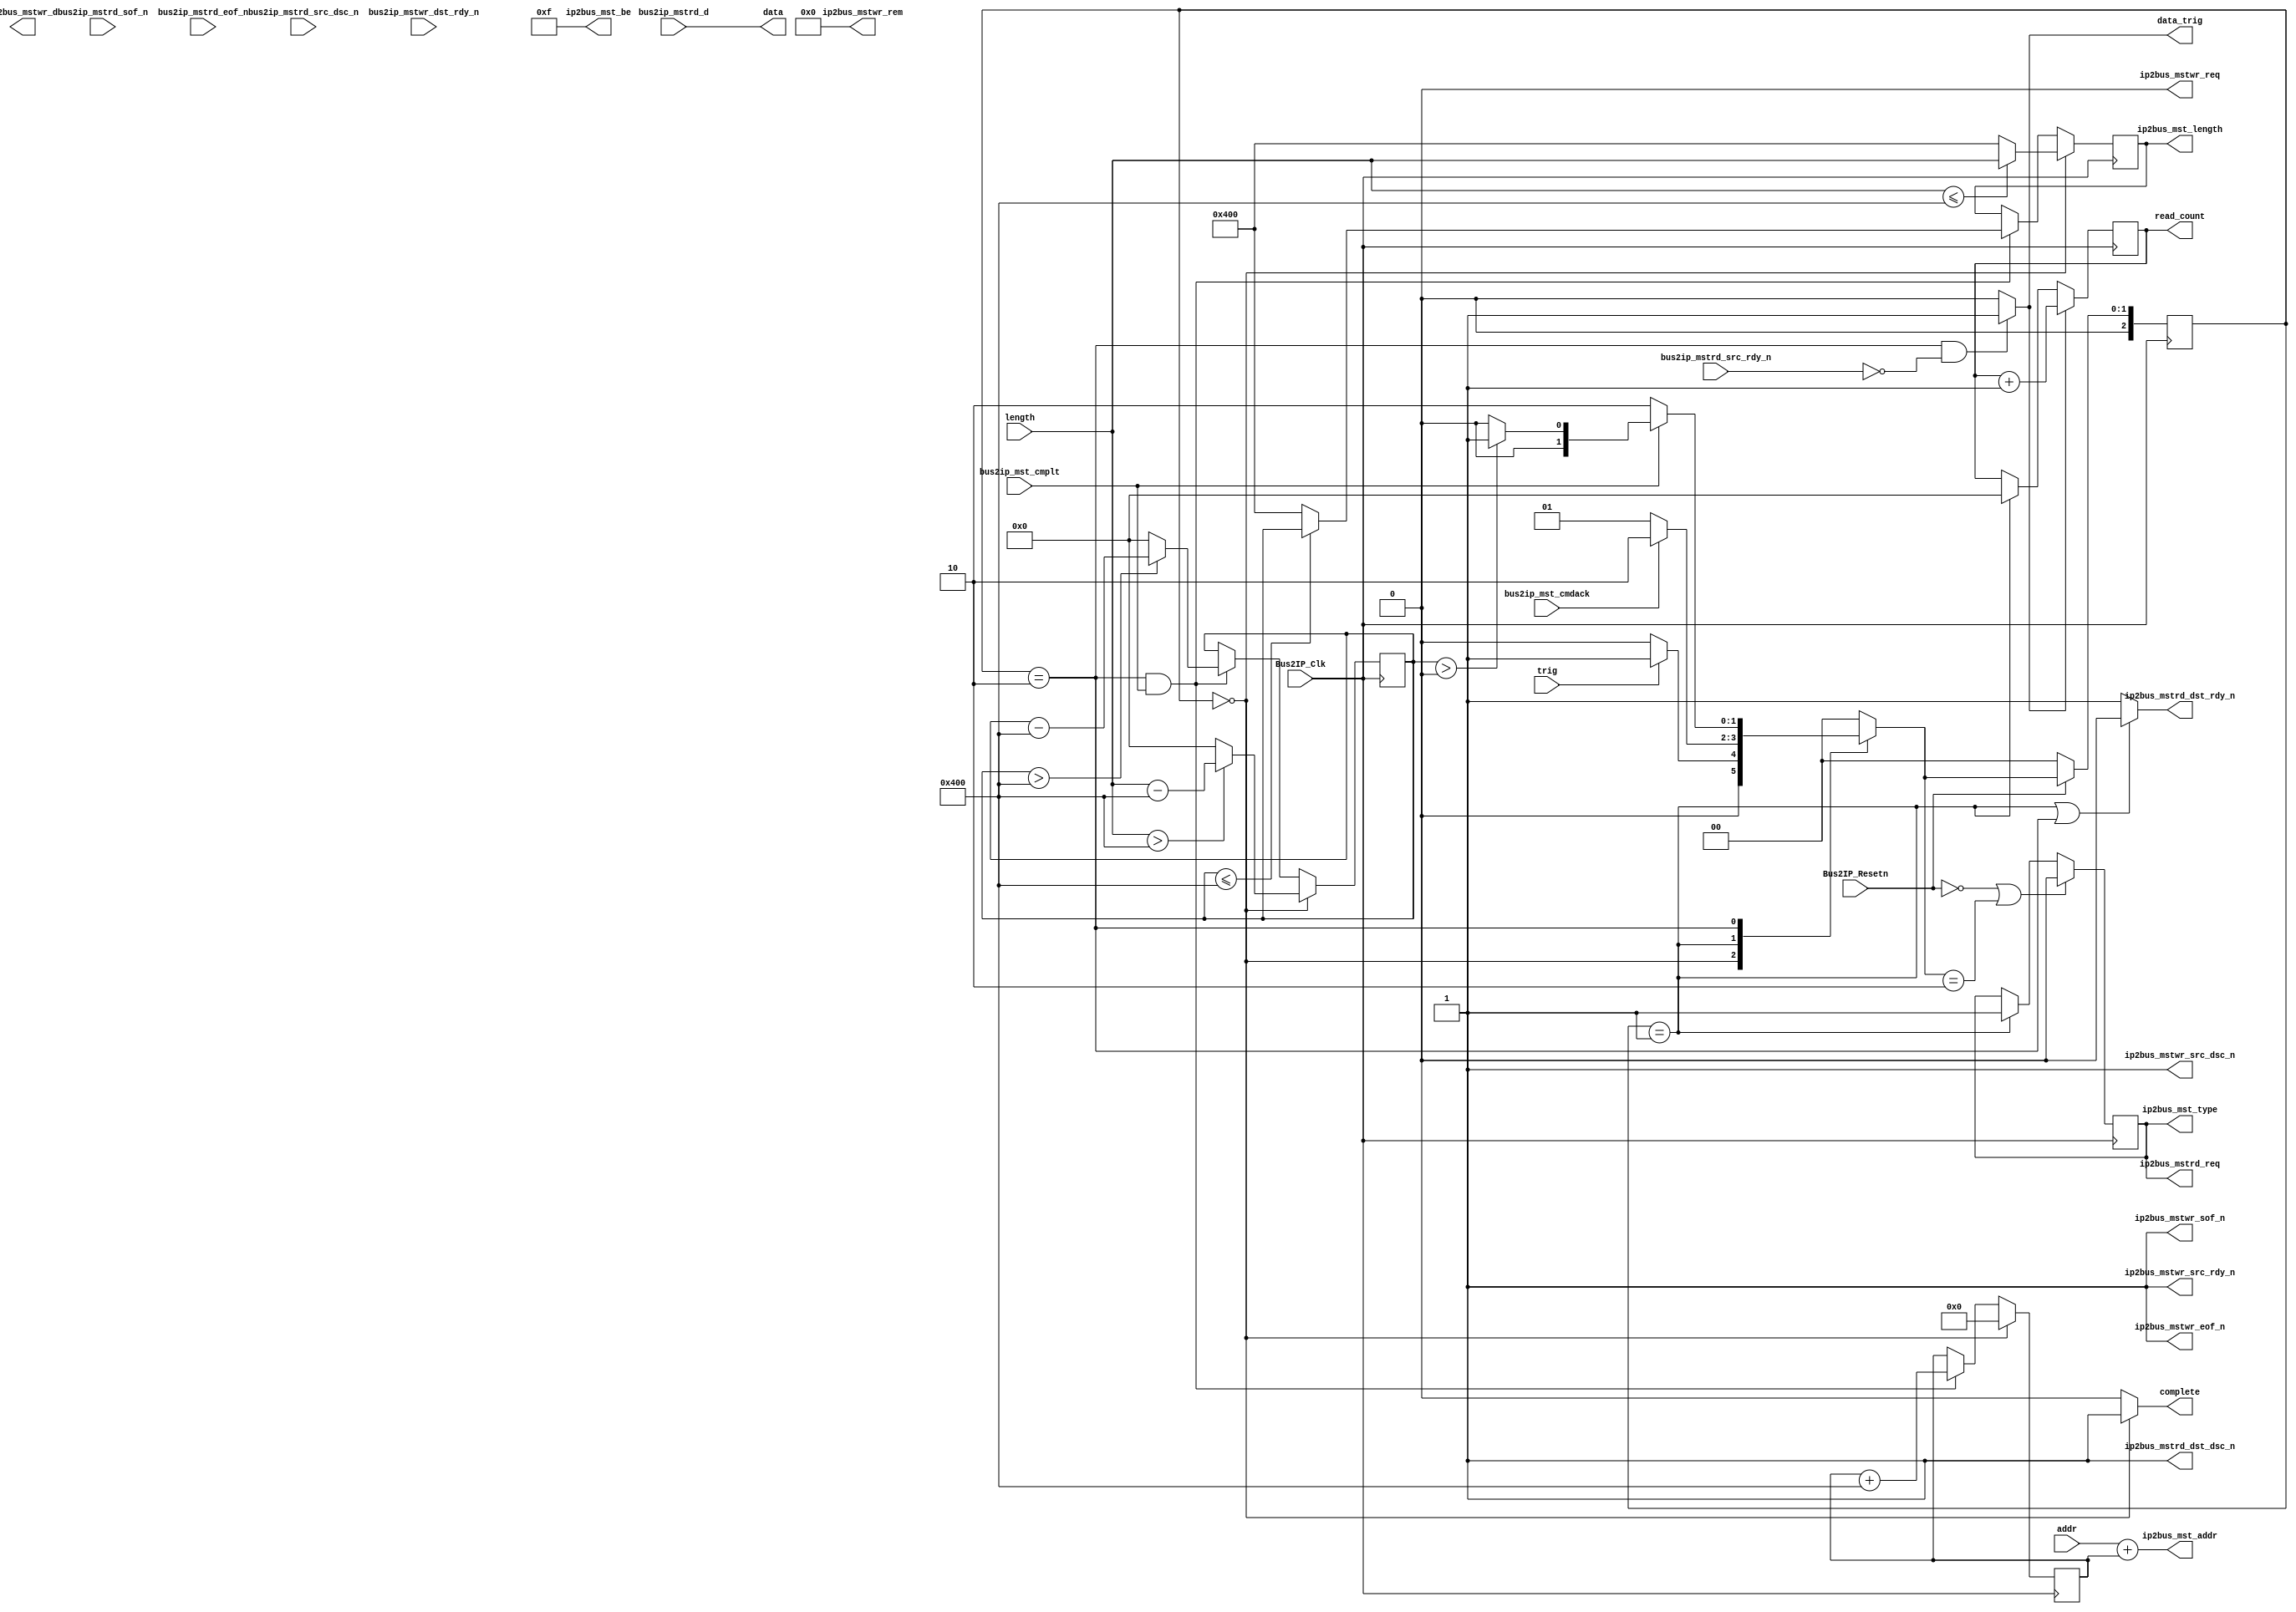
module get_mem
(
  // -- ADD USER PORTS BELOW THIS LINE ---------------
  // --USER ports added here 
  addr,
  length,
  trig,
  complete,
  data,
  data_trig,
  read_count,
  // -- ADD USER PORTS ABOVE THIS LINE ---------------

  // -- DO NOT EDIT BELOW THIS LINE ------------------
  // -- Bus protocol ports, do not add to or delete 
  Bus2IP_Clk,                     // Bus to IP clock
  Bus2IP_Resetn,                  // Bus to IP reset
  ip2bus_mstrd_req,               // IP to Bus master read request
  ip2bus_mstwr_req,               // IP to Bus master write request
  ip2bus_mst_addr,                // IP to Bus master read/write address
  ip2bus_mst_be,                  // IP to Bus byte enable
  ip2bus_mst_length,              // Ip to Bus master transfer length
  ip2bus_mst_type,                // Ip to Bus burst assertion control
  bus2ip_mst_cmdack,              // Bus to Ip master command ack
  bus2ip_mst_cmplt,               // Bus to Ip master trans complete
  bus2ip_mstrd_d,                 // Bus to Ip master read data
  bus2ip_mstrd_sof_n,             // Bus to Ip master read start of frame
  bus2ip_mstrd_eof_n,             // Bus to Ip master read end of frame
  bus2ip_mstrd_src_rdy_n,         // Bus to Ip master read source ready
  bus2ip_mstrd_src_dsc_n,         // Bus to Ip master read source dsc
  ip2bus_mstrd_dst_rdy_n,         // Ip to Bus master read dest. ready
  ip2bus_mstrd_dst_dsc_n,         // Ip to Bus master read dest. dsc
  ip2bus_mstwr_d,                 // Ip to Bus master write data
  ip2bus_mstwr_rem,               // Ip to Bus master write data rem
  ip2bus_mstwr_src_rdy_n,         // Ip to Bus master write source ready
  ip2bus_mstwr_src_dsc_n,         // Ip to Bus master write source dsc
  ip2bus_mstwr_sof_n,             // Ip to Bus master write start of frame
  ip2bus_mstwr_eof_n,             // Ip to Bus master write end of frame
  bus2ip_mstwr_dst_rdy_n         // Bus to Ip master write dest. ready
  // -- DO NOT EDIT ABOVE THIS LINE ------------------
); // user_logic

// -- ADD USER PARAMETERS BELOW THIS LINE ------------
// --USER parameters added here 
parameter [2 : 0]
          IDLE                           = 3'd0,
          WAIT_READ                      = 3'd1,
          READ                           = 3'd2;

parameter BURST_BYTE                     = 1024;
// -- ADD USER PARAMETERS ABOVE THIS LINE ------------

// -- DO NOT EDIT BELOW THIS LINE --------------------
// -- Bus protocol parameters, do not add to or delete
parameter C_MST_NATIVE_DATA_WIDTH        = 32;
parameter C_LENGTH_WIDTH                 = 12;
parameter C_MST_AWIDTH                   = 32;
parameter C_SLV_DWIDTH                   = 32;
// -- DO NOT EDIT ABOVE THIS LINE --------------------

// -- ADD USER PORTS BELOW THIS LINE -----------------
// --USER ports added here 
input      [C_MST_AWIDTH-1 : 0]           addr;
input      [C_LENGTH_WIDTH-1:0]           length;
input                                     trig;
output                                    complete;
output     [C_MST_NATIVE_DATA_WIDTH-1 : 0]data;
output                                    data_trig;
output reg [C_LENGTH_WIDTH-1 : 0]         read_count;
// -- ADD USER PORTS ABOVE THIS LINE -----------------

// -- DO NOT EDIT BELOW THIS LINE --------------------
// -- Bus protocol ports, do not add to or delete
input                                     Bus2IP_Clk;
input                                     Bus2IP_Resetn;
output                                    ip2bus_mstrd_req;
output                                    ip2bus_mstwr_req;
output     [C_MST_AWIDTH-1 : 0]           ip2bus_mst_addr;
output     [(C_MST_NATIVE_DATA_WIDTH/8)-1 : 0] ip2bus_mst_be;
output     [C_LENGTH_WIDTH-1 : 0]         ip2bus_mst_length;
output                                    ip2bus_mst_type;
input                                     bus2ip_mst_cmdack;
input                                     bus2ip_mst_cmplt;
input      [C_MST_NATIVE_DATA_WIDTH-1 : 0] bus2ip_mstrd_d;
input                                     bus2ip_mstrd_sof_n;
input                                     bus2ip_mstrd_eof_n;
input                                     bus2ip_mstrd_src_rdy_n;
input                                     bus2ip_mstrd_src_dsc_n;
output                                    ip2bus_mstrd_dst_rdy_n;
output                                    ip2bus_mstrd_dst_dsc_n;
output     [C_MST_NATIVE_DATA_WIDTH-1 : 0] ip2bus_mstwr_d;
output     [(C_MST_NATIVE_DATA_WIDTH)/8-1 : 0] ip2bus_mstwr_rem;
output                                    ip2bus_mstwr_src_rdy_n;
output                                    ip2bus_mstwr_src_dsc_n;
output                                    ip2bus_mstwr_sof_n;
output                                    ip2bus_mstwr_eof_n;
input                                     bus2ip_mstwr_dst_rdy_n;
// -- DO NOT EDIT ABOVE THIS LINE --------------------

//----------------------------------------------------------------------------
// Implementation
//----------------------------------------------------------------------------

  // --USER nets declarations added here, as needed for user logic
  reg        [2 : 0]                        state, next_state;
  reg        [C_LENGTH_WIDTH-1:0]           remaining_len;
  reg        [C_MST_AWIDTH-1 : 0]           addr_offset;
  
  wire                                       Bus2IP_Clk;
  wire                                       Bus2IP_Resetn;
  wire                                       ip2bus_mstrd_req;
  wire                                       ip2bus_mstwr_req;
  wire     [C_MST_AWIDTH-1 : 0]              ip2bus_mst_addr;
  wire     [(C_MST_NATIVE_DATA_WIDTH/8)-1:0] ip2bus_mst_be;
  wire     [C_LENGTH_WIDTH-1 : 0]        ip2bus_mst_length;
  wire                                       ip2bus_mst_type;
  wire                                       bus2ip_mst_cmdack;
  wire                                       bus2ip_mst_cmplt;
  wire     [C_MST_NATIVE_DATA_WIDTH-1 : 0]   bus2ip_mstrd_d;
  wire                                       bus2ip_mstrd_sof_n;
  wire                                       bus2ip_mstrd_eof_n;
  wire                                       bus2ip_mstrd_src_rdy_n;
  wire                                       bus2ip_mstrd_src_dsc_n;
  wire                                       ip2bus_mstrd_dst_rdy_n;
  wire                                       ip2bus_mstrd_dst_dsc_n;
  wire     [C_MST_NATIVE_DATA_WIDTH-1 : 0]   ip2bus_mstwr_d;
  wire     [(C_MST_NATIVE_DATA_WIDTH/8)-1:0] ip2bus_mstwr_rem;
  wire                                       ip2bus_mstwr_src_rdy_n;
  wire                                       ip2bus_mstwr_src_dsc_n;
  wire                                       ip2bus_mstwr_sof_n;
  wire                                       ip2bus_mstwr_eof_n;
  wire                                       bus2ip_mstwr_dst_rdy_n;

// signals for master model command interface state machine
  reg                                        mst_cmd_sm_rd_req;
  reg        [C_LENGTH_WIDTH-1 : 0]          mst_cmd_length;

// --USER logic implementation added here
// user logic master command interface assignments
  assign ip2bus_mstrd_req  = mst_cmd_sm_rd_req;
  assign ip2bus_mstwr_req  = 0;
  assign ip2bus_mst_addr   = addr + addr_offset;
  assign ip2bus_mst_be     = 4'b1111;  // don't care
  assign ip2bus_mst_type   = mst_cmd_sm_rd_req;     // set to burst transfer
  assign ip2bus_mstrd_dst_dsc_n = 1;
  assign ip2bus_mst_length = mst_cmd_length;

  assign ip2bus_mstwr_sof_n = 1;
  assign ip2bus_mstwr_eof_n = 1;
  assign ip2bus_mstwr_src_rdy_n = 1;
  assign ip2bus_mstwr_src_dsc_n = 1'b1;
  assign ip2bus_mstwr_rem = 0;

  //----------------------------------------------------------------------------
  // The main FSM of memcpy
  //----------------------------------------------------------------------------
  always@(posedge Bus2IP_Clk)
    begin
      if (Bus2IP_Resetn == 1'b0)
        state <= IDLE;
      else
        state <= next_state;
    end

	always@(*)
		begin
			case(state)
				IDLE: 
					begin
						if (trig)
							next_state = WAIT_READ;
						else
							next_state = IDLE;
					end
				WAIT_READ:
					begin
						if (bus2ip_mst_cmdack)
							next_state = READ;
						else
							next_state = WAIT_READ;
					end
				READ:
					begin
						if (!bus2ip_mst_cmplt)
							next_state = READ;
						else if (remaining_len > 0)
							next_state = WAIT_READ;
						else
							next_state = IDLE;
					end
				default:
					begin
						next_state = IDLE;
					end
			endcase
		end
  
  //----------------------------------------------------------------------------
  // The interface of this module
  //----------------------------------------------------------------------------
  assign data = bus2ip_mstrd_d;
  assign data_trig = (state == READ && bus2ip_mstrd_src_rdy_n == 1'b0) ? 1'b1 : 0;
  assign complete = (state == IDLE ? 1'b1 : 0);

  always@(posedge Bus2IP_Clk)
    begin
      if (state == IDLE)
        addr_offset <= 0;
      else if (state == READ && bus2ip_mst_cmplt == 1)
        addr_offset <= addr_offset + BURST_BYTE;
      else
        addr_offset <= addr_offset;
    end

  //----------------------------------------------------------------------------
  // remaining_len control - each transfer reduces the counter by 4 bytes
  // read/write length
  //----------------------------------------------------------------------------
  always@(posedge Bus2IP_Clk)
    begin
      if (state == IDLE)
	      if (length > BURST_BYTE)
		      remaining_len <= length - BURST_BYTE; // copy transfer length (in bytes)
        else
		      remaining_len <= 0;
      else if (state == READ && bus2ip_mst_cmplt == 1)
	      if (remaining_len > BURST_BYTE)
          remaining_len <= remaining_len - BURST_BYTE;
        else
		      remaining_len <= 0;
      else
        remaining_len <= remaining_len;
    end
  
  always@(posedge Bus2IP_Clk)
    begin
	    if (state == IDLE)
        if (length <= BURST_BYTE)
          mst_cmd_length <= length;
        else
          mst_cmd_length <= BURST_BYTE;
      else if (state == READ && bus2ip_mst_cmplt == 1)
        if (remaining_len <= BURST_BYTE)
          mst_cmd_length <= remaining_len;
        else
          mst_cmd_length <= BURST_BYTE;
      else
          mst_cmd_length <= mst_cmd_length;
	 end

  // ***************************************************************************
  // read word begin
  // ***************************************************************************
  //----------------------------------------------------------------------------
  // mst_cmd_sm_rd_req control - drop request as soon as one bus access is granted
  //----------------------------------------------------------------------------
  always@(posedge Bus2IP_Clk)
    begin
      if (Bus2IP_Resetn == 1'b0 || next_state == READ)
        mst_cmd_sm_rd_req <= 0;
	    else if (state == WAIT_READ)
        mst_cmd_sm_rd_req <= 1;
			else
				mst_cmd_sm_rd_req <= mst_cmd_sm_rd_req;
    end
	 
  //----------------------------------------------------------------------------
  // mstrd_dst_rdy_n control
  //----------------------------------------------------------------------------
  assign ip2bus_mstrd_dst_rdy_n = (state == WAIT_READ || state == READ) ? 1'b0 : 1'b1;

  // ***************************************************************************
  // read single-word end
  // ***************************************************************************

  //----------------------------------------------------------------------------
  // read_count control
  //----------------------------------------------------------------------------
  always@(posedge Bus2IP_Clk)
    begin
	    if (data_trig)
        read_count <= read_count + 1;
      else if(state == WAIT_READ)
        read_count <= 0;
      else
        read_count <= read_count;
    end

endmodule